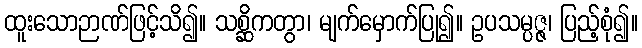
ထူးသောဉာဏ်ဖြင့်သိ၍။ သစ္ဆိကတွာ၊ မျက်မှောက်ပြု၍။ ဥပသမ္ပဇ္ဇ၊ ပြည့်စုံ၍။